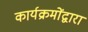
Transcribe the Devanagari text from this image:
कार्यक्रमोंद्वारा